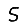
Digit: 5